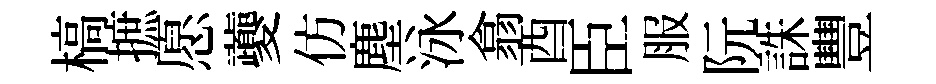
槁摭愿夔仿塵泳翕酉臣服阮誅豐